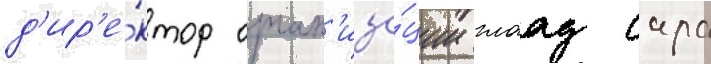
д'ир'е́ктор орган'иза́ции глаад сара